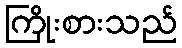
ကြိုးစားသည်